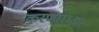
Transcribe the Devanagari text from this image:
करणार६या